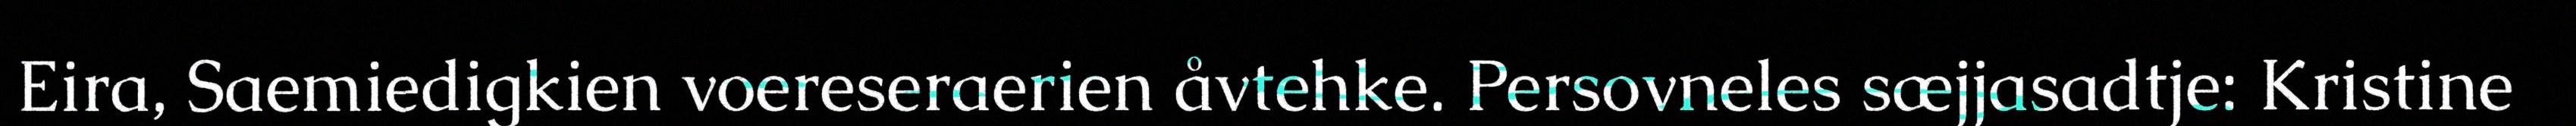
Eira, Saemiedigkien voereseraerien åvtehke. Persovneles sæjjasadtje: Kristine